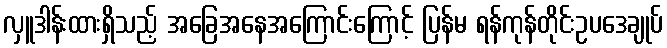
လှူဒါန်းထားရှိသည့် အခြေအနေအကြောင်းကြောင့် ပြန်မ ရန်ကုန်တိုင်းဥပဒေချုပ်